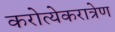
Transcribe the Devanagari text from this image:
करोत्येकरात्रेण